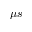
\mu s